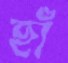
হাঁ